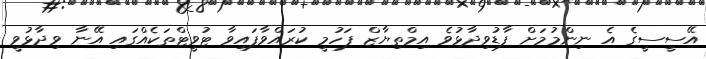
އޭސީސީގެ އެ ނިންމުމަށް ފާޑުވިދާޅުވެ އިމްތިޔާޒް ފަހުމީ ކުރައްވާފައިވާ ޓުވީޓްތަކެއްގައި އޭނާ ވިދާޅުވީ